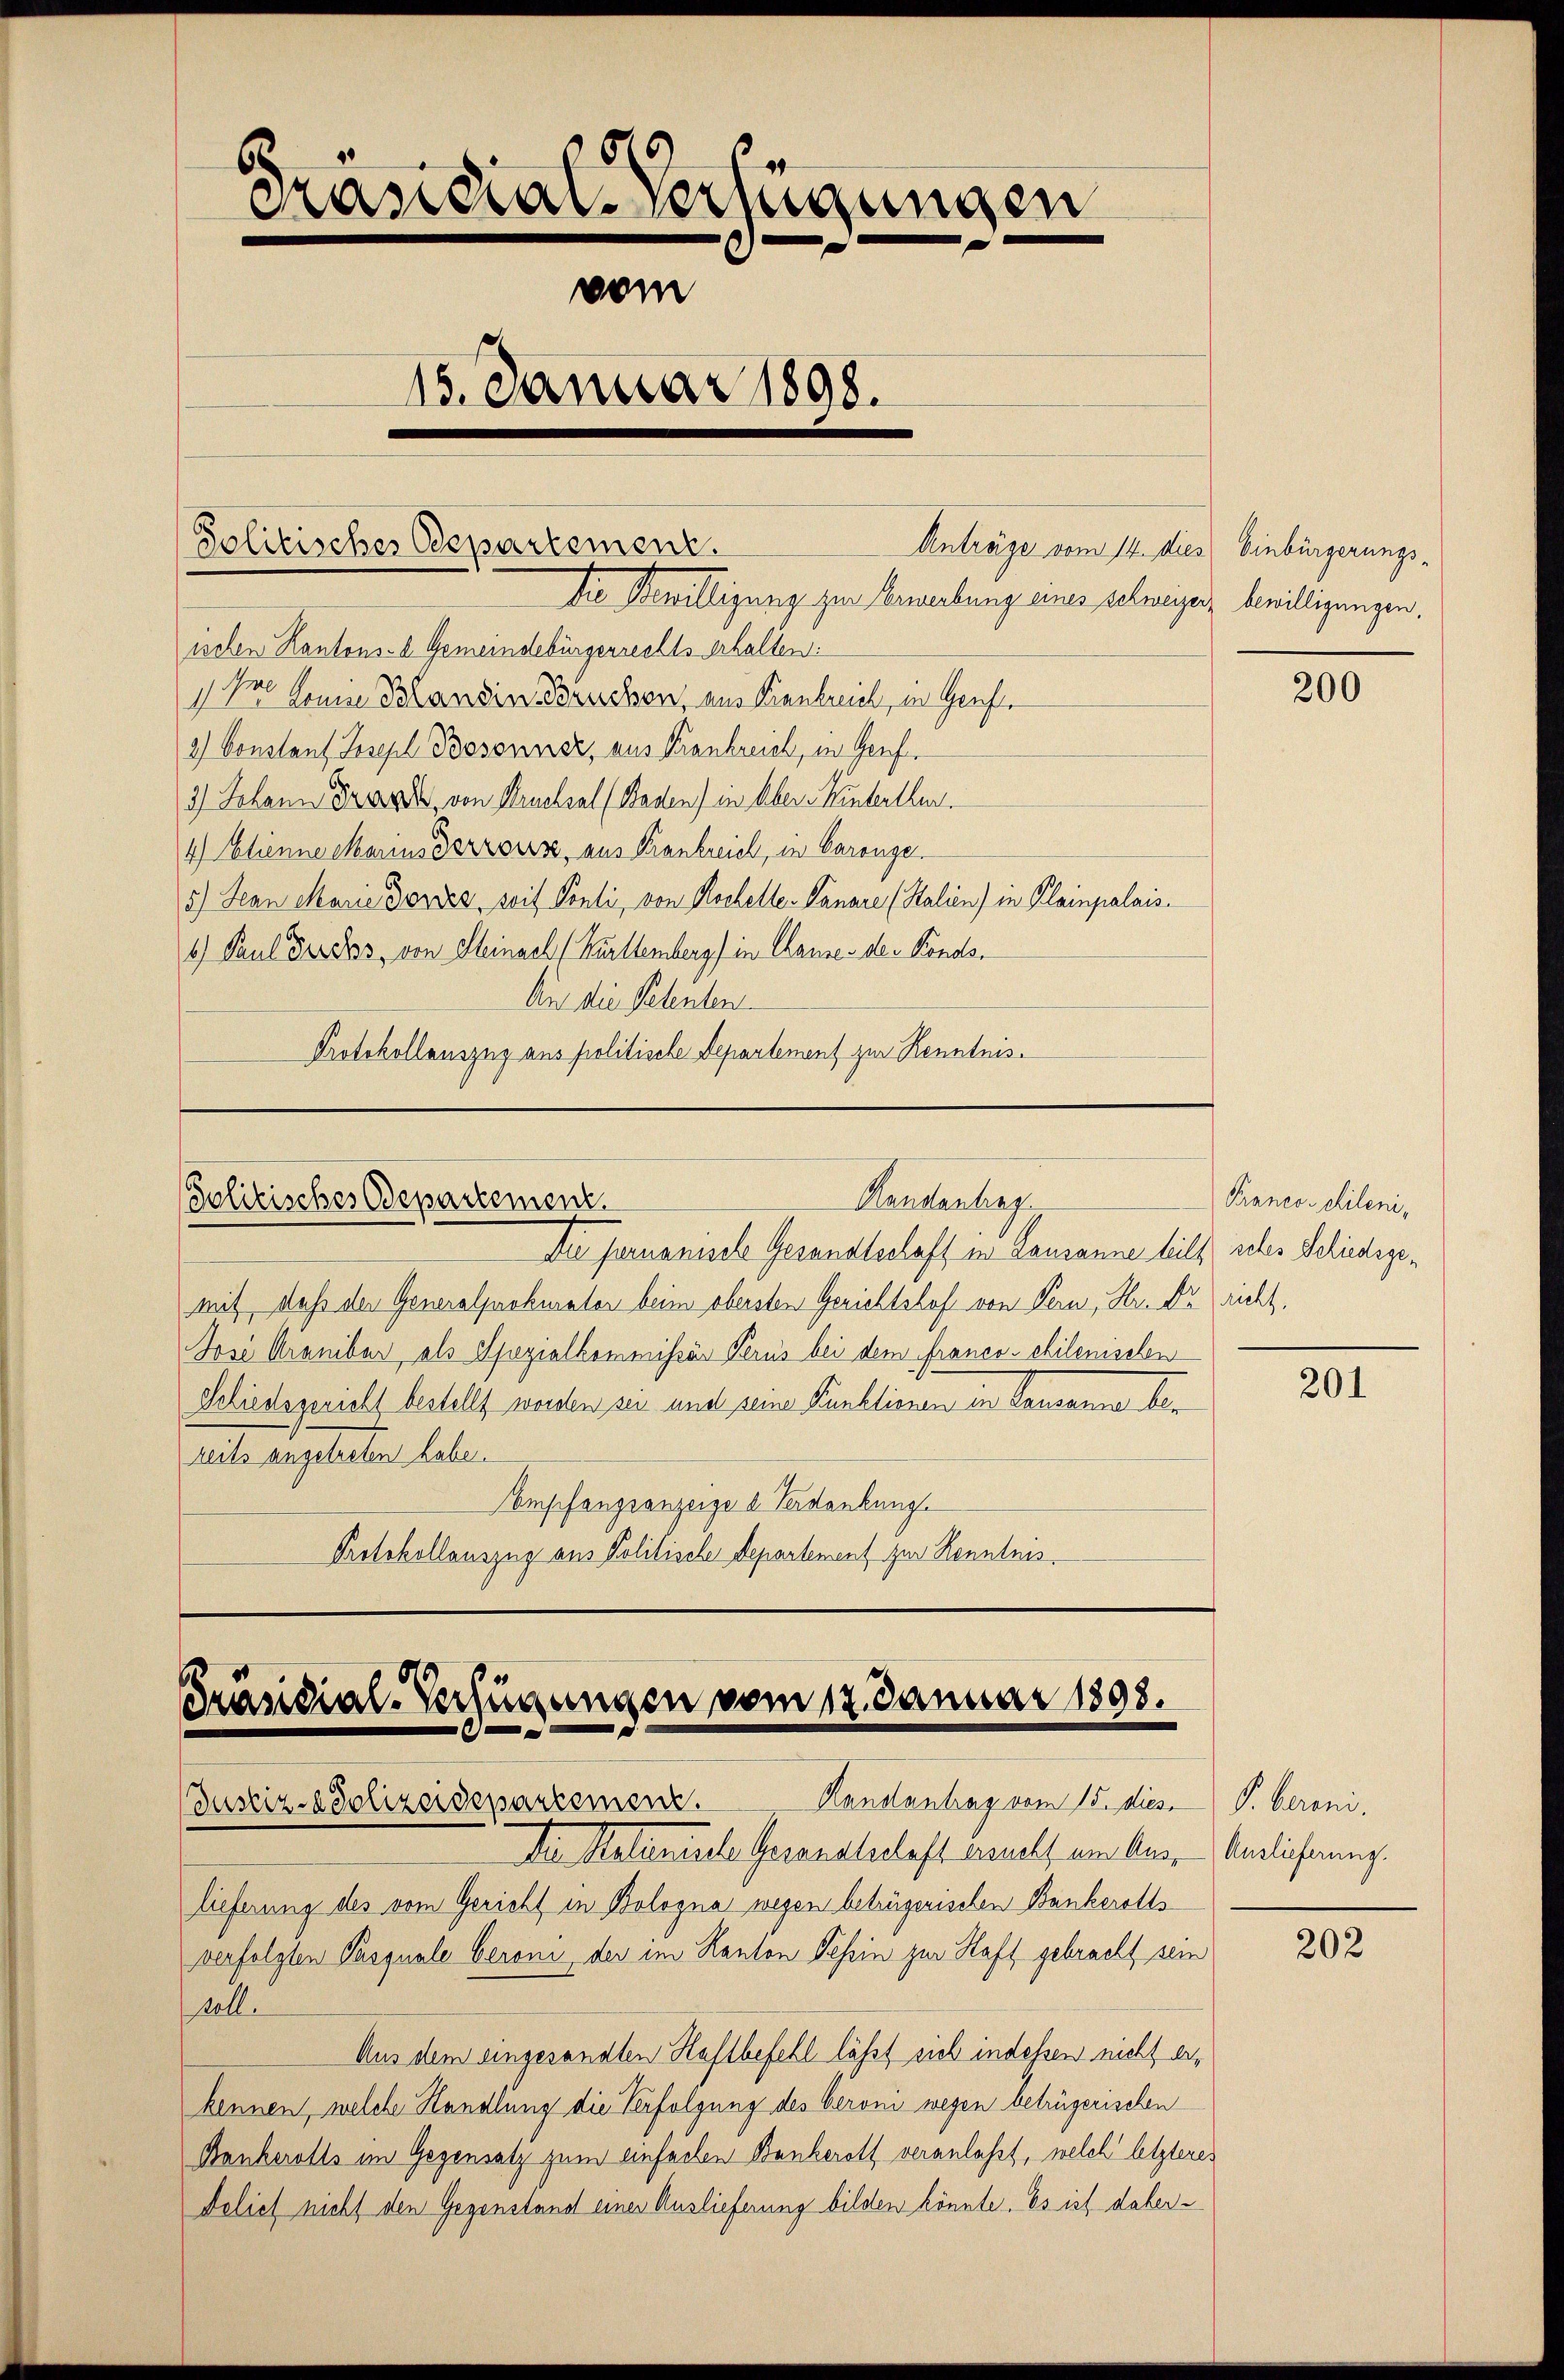
Solitisches Departement.
Die Bewilligung zur Bemerkung eines selweisers bewilligungen.

89
Präsidial-Verfügungen
vom
15. Januar 1898.

Handantrag
Solitisches Odepartement.

Präsidial-Verfügungen vom 17. Januar 1898.
Justiz-Polizeidepartement. Handantrag vom 15. dies

ischen Kantons-A Gemeindebürgerrechts erhalten:
1 Dr. Sinne Blandin Bruchen, aus Krankreich, in Genf
2) Constant Joseph Boosonner, aus Krankreich, in Genf,
3) Johann Franz, von Drucksal (Baden) in Über-Winterthur.
4) Etienne Marius derrors, aus Krankreich, in Garange.
5.) Jean Marie Dorses, soit Pauli, von Kochelle-Panare (Stalien) in Kleinpalais.
6) Paul der dos, von Steinach (Kürttemberg) in Clause des Konds.
An die Petenten
Protokollauszug aus politische Departement zur Kenntnis.

Die Formanische Gesandtschaft in Lausanne heilt icher Schiedsgemit, daß der Generalprokurator beim obersten Gerichtshof von Bern, Hr. Dr richt,
Jose Kramibar als Spezialkommissär Perus bei dem franco-chilemischen
Schiedszwicht bestellt werden sei und seine Punktionen in Lausanne bereits angetreten habe.
Empfangsanzeige u. Verdankung
Protokollauszug aus Politische Departement zur Kenntnis

Anträge vom 14. des Einbürgerungs¬

Pranco-chileni,

Da Malienische Gesandtschaft eracht ein les Antlicherung.
lieferung des vom Gericht in Bologna wegen betrügerischen Bankerotts
verfolgten Pasquale Beroni der im Kanton Tessin zur Haft gebracht sein
pol.
Aus dem eingesandten Haftbefehl läßt sich indessen nicht erkennen, welche Handlung die Verfolgung des Veroni wegen betrügerischen
Bankerotts im Gegensatz zum einfachen Bankerott veranlaßt, welch’ letzteres
delich nicht den Gegenstand eines Auslieferung bilden könnte. Es ist dahei¬

200

201

P. bereni.

202